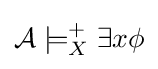
{\mathcal {A}}\models _{X}^{+}\exists x\phi